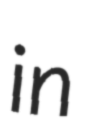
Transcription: in